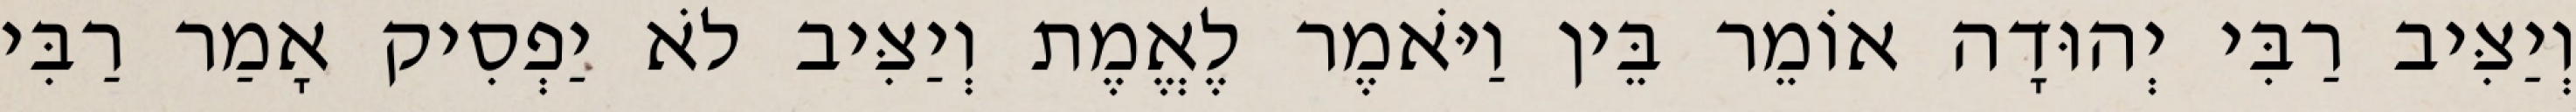
וְיַצִּיב רַבִּי יְהוּדָה אוֹמֵר בֵּין וַיֹּאמֶר לֶאֱמֶת וְיַצִּיב לֹא יַפְסִיק אָמַר רַבִּי